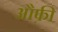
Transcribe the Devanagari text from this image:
औफ़ी